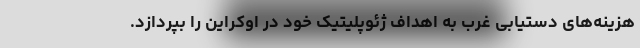
هزینه‌های دستیابی غرب به اهداف ژئوپلیتیک خود در اوکراین را بپردازد.